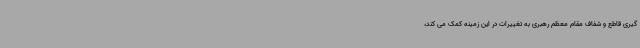
گیری قاطع و شفاف مقام معظم رهبری به تغییرات در این زمینه کمک می کند،